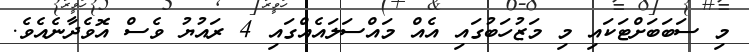
މި ސަބަބަށްޓަކައި މި މަޒުހަބުގައި އެއް މައްސަލައެއްގައި 4 ރައުޔު ވެސް އޮވެދާނެއެވެ.